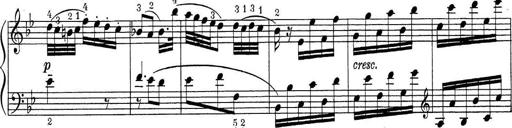
Title: ÄŒeskÃ© Sonatiny
Composer: Various